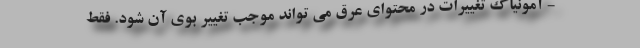
- آمونیاک تغییرات در محتوای عرق می تواند موجب تغییر بوی آن شود. فقط